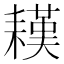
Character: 䎯